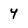
Character: 4